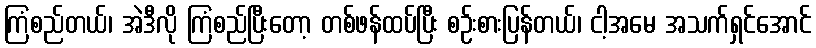
ကြံစည်တယ်၊ အဲဒီလို ကြံစည်ပြီးတော့ တစ်ဖန်ထပ်ပြီး စဉ်းစားပြန်တယ်၊ ငါ့အမေ အသက်ရှင်အောင်